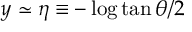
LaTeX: y \simeq \eta \equiv - \log \tan \theta / 2